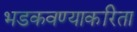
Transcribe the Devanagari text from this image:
भडकवण्याकरिता